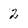
Character: 2